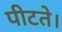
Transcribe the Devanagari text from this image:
पीटते।